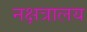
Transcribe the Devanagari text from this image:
नक्षत्रालय